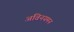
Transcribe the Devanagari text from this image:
अविनयमन